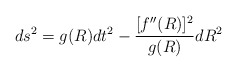
\begin{align*}ds^2=g(R)dt^2 - {[f''(R)]^2 \over g(R)} dR^2\end{align*}